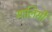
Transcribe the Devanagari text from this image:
गालिसी